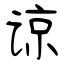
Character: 谅